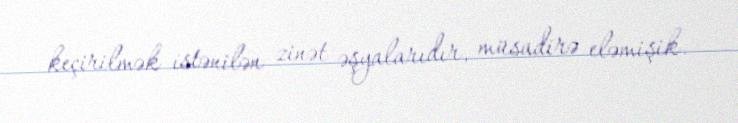
keçirilmək istənilən zinət əşyalarıdır, müsadirə eləmişik.